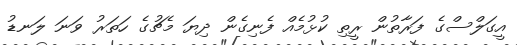
އީގަލްސްގެ ފަރާތުން ރީތި ކުޅުމެއް ފެނިގެން ދިޔަ މެޗުގެ ހަތަރު ވަނަ ލަނޑު